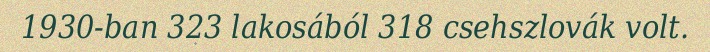
1930-ban 323 lakosából 318 csehszlovák volt.